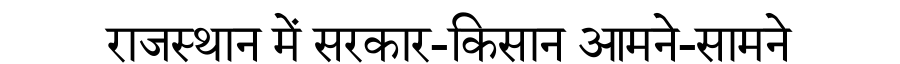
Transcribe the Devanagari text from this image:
राजस्थान में सरकार-किसान आमने-सामने